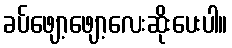
ခပ်ဖျော့ဖျော့လေးဆိုးပေးပါ။